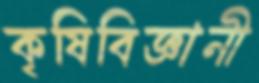
কৃষিবিজ্ঞানী